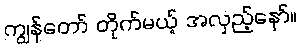
ကျွန်တော် တိုက်မယ့် အလှည့်နော်။